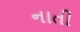
નાતી